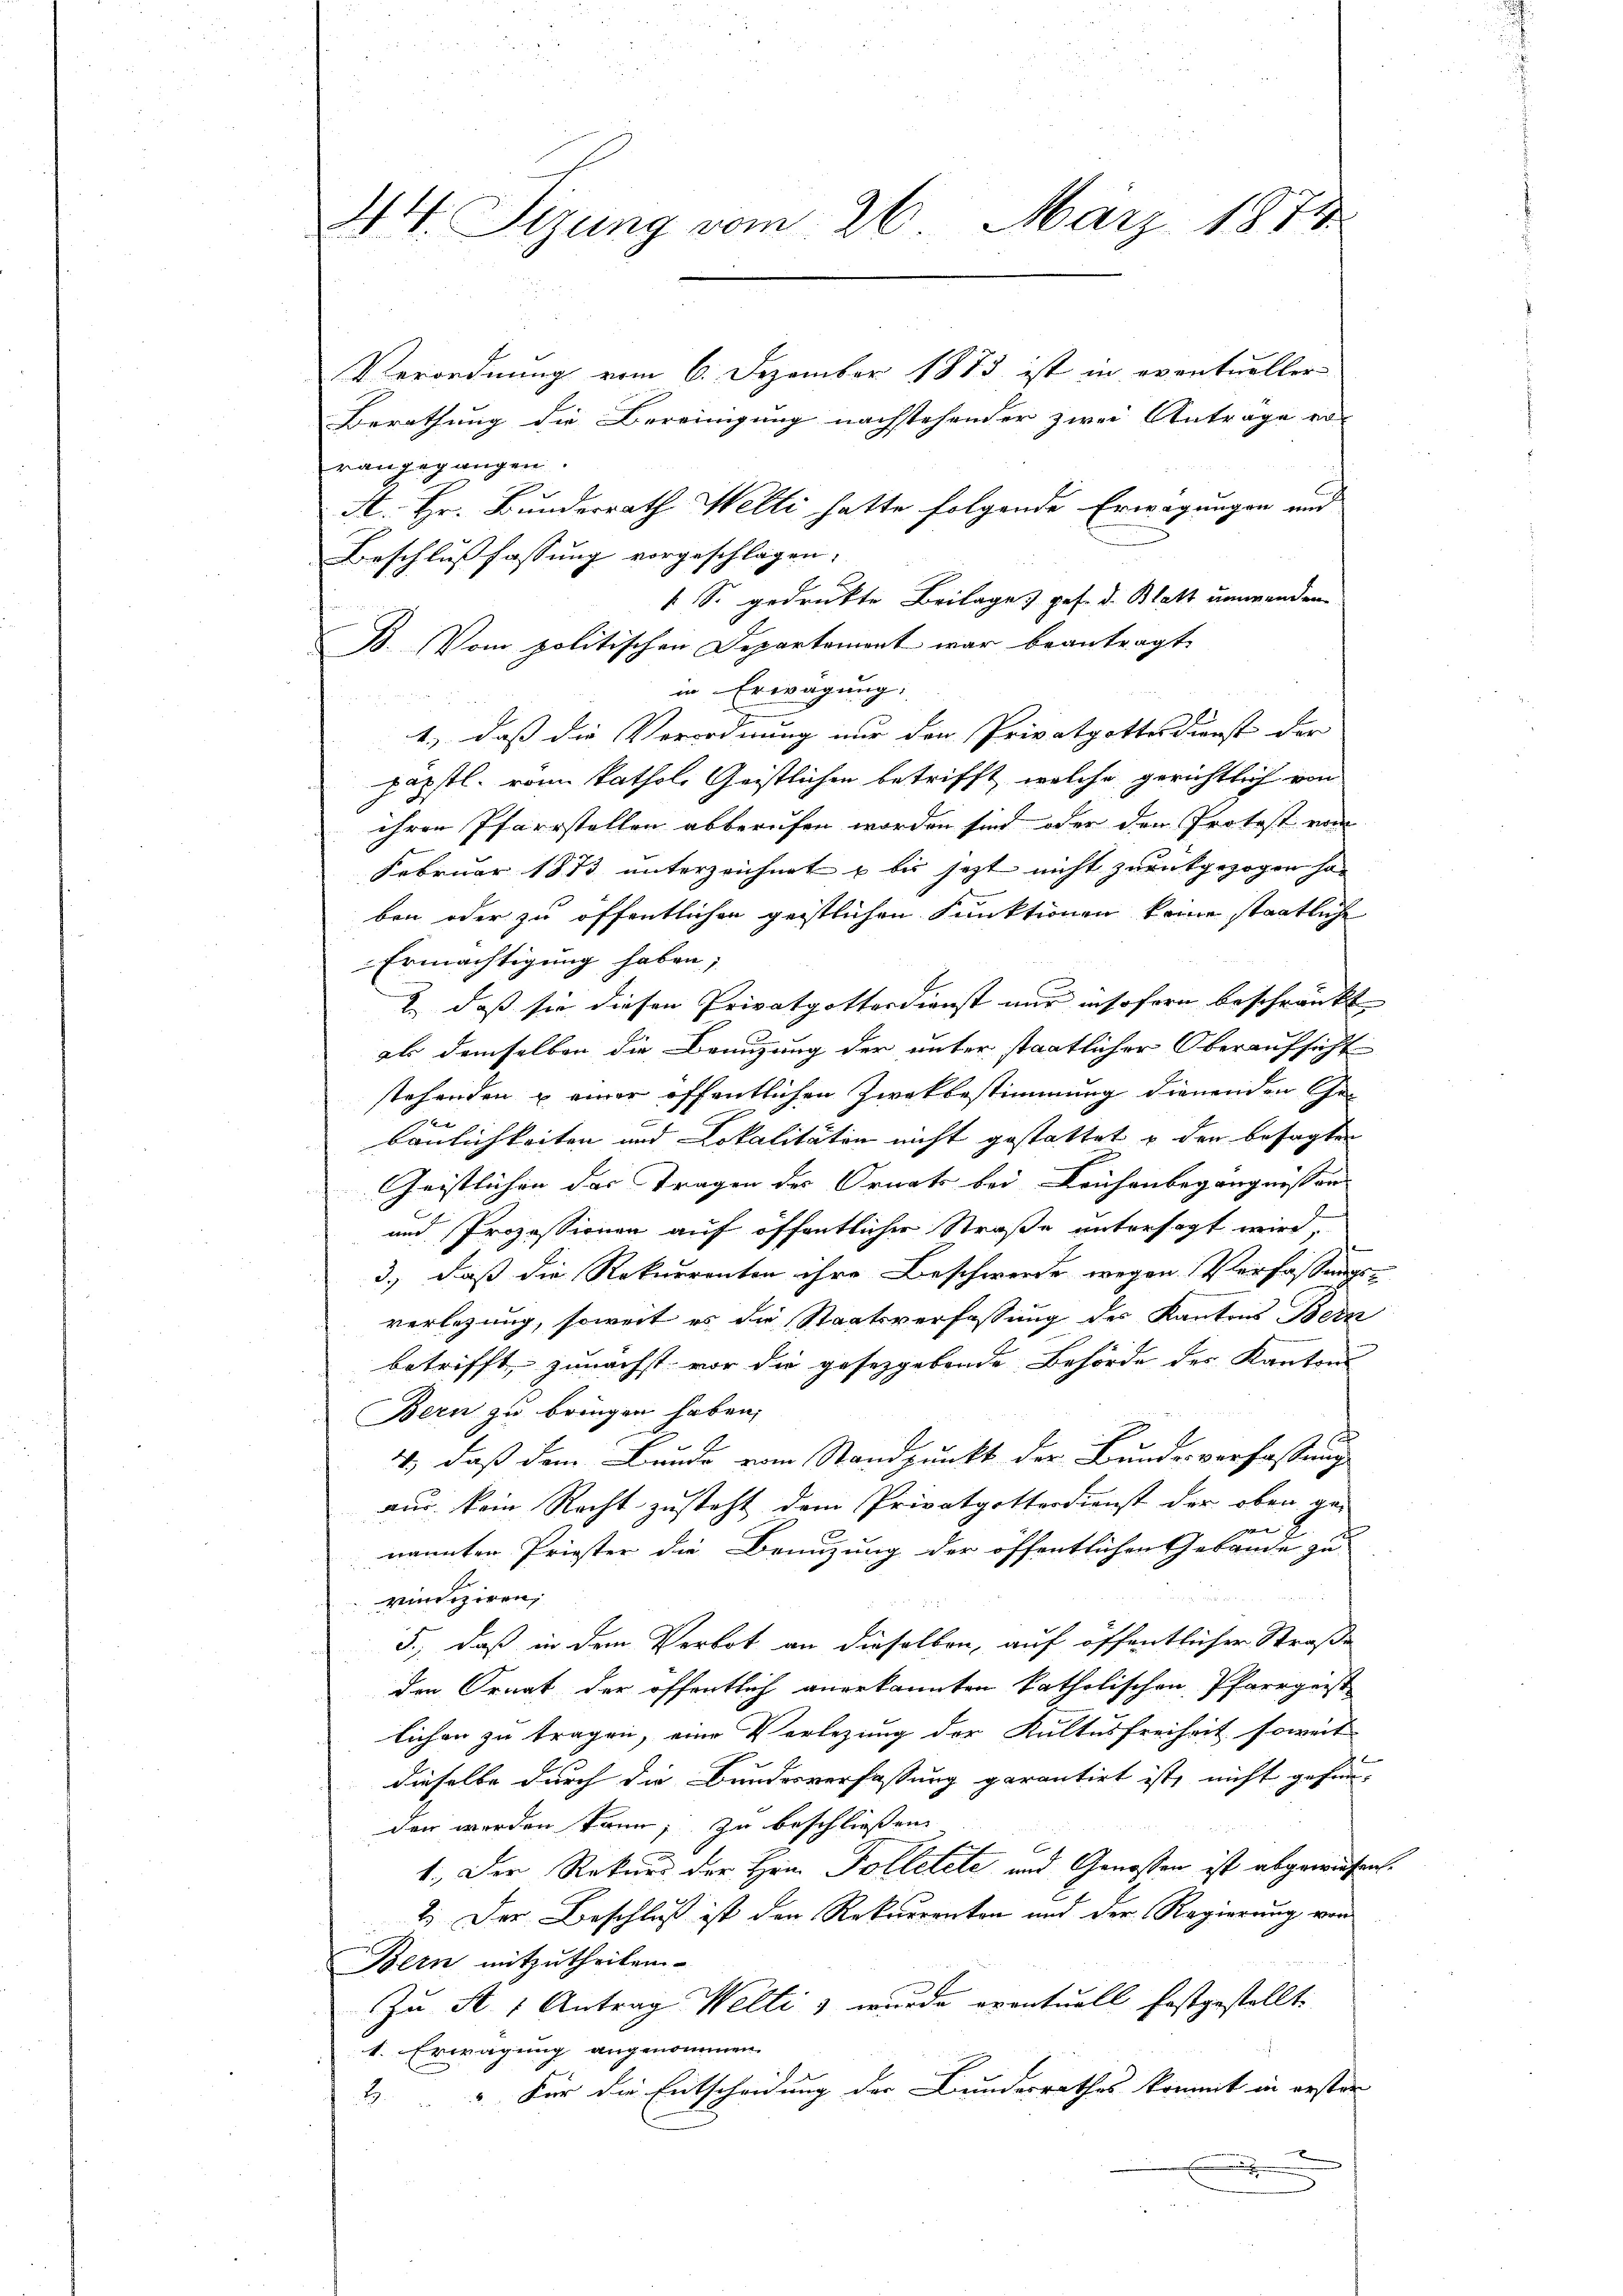
Verordnung vom 6. Dezember 1873 ist in eventueller
Berathung die Bereinigung nachstehender zwei Antrage er-
rangegangen.
A. Hr. Bunderrath Welti hatte folgende Erwägungen und
Beschlussfassung vorgeschlagen;
1 S. gedruckte Beilage) ges. d. Blatt umwenden
B. Vom politischen Departement war beantragt,
in Erwägung,
1., dass die Verordnung nur den Privatgottesdienst der
päpstl. von kathol. Geistlichen betrifft, welche gerichtlich von
ihren Pfarrstellen abberufen worden sind, oder den Protost vom
Februar 1873 unterzeichnet u bis jezt nicht zurückgezogen ha
ben oder zu öffentlichen geistlichen Funktionen keine staatliche
Ermächtigung haben;
2) daß sie diesen Privatpotterdienst nur insofern beschränkt
als demselben die Benuzung der unter staatlicher Oberaufsicht
stehenden & einer öffentlichen Zwekbestimmung dienenden Geve
baulichkeiten und Lokalitäten nicht gestattet u den besagten
Geistlichen das Tragen des Ornats bei Leichenbegangnissen
und Prozessionen auf öffentlicher Straße untersagt wird,
3., daß die Rekurrenten ihre Beschwerde wegen Verfassungs-
verlegung, soweit es die Staatsverfassung des Kantons Bern
betrifft, zunächst vor die gesetzgebende Behörde des Kantons
Bern zu bringen haben,
4., daß dem Bunde von Standpunkt der Bundesverfassung
aus kein Recht zusteht dem Privatgotterdienst der oben ge-
vn
nannten Priester die Benuzung der öffentlichen Gebäude zu
rindiziren,
5., daß in dem Verbot an dieselben, auf öffentlicher Straße
den Ornat der öffentlich anerkannten katholischen Pfarrgeist
lichen zu tragen, eine Verlegung der Kultusfreiheit soweit
dieselbe durch die Bundesverfassung garantirt ist, nicht gefunder werden kann, zu beschließen
1.) Der Rekurs der Hrn. Tolletete und Genossen ist abgewiesen.
2.) Der Beschluß ist den Rekurrenten und der Regierung von
Bern mitzutheilen.
Zu A. 1 Antrag Welti & wurde eventuell festgestellt:
1. Erwägung angenommen.
2 " Für die Entscheidung der Bundesrathes kommt in erster
.

44. Sizung vom 26. März 1871